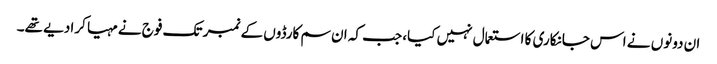
ان دونوں نے اس جانکاری کا استعمال نہیں کیا، جب کہ ان سم کارڈوں کے نمبر تک فوج نے مہیا کرا دیے تھے۔